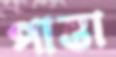
পাত্তা